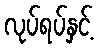
လုပ်ရပ်နှင့်